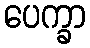
ပေက္ခာ